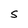
Character: S